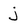
Character: j